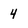
Character: 4